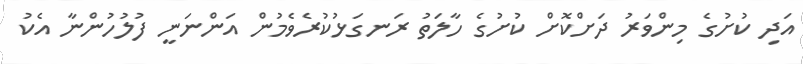
އަދި ކުށުގެ މިންވަރު ދަށްކޮށް ކުށުގެ ހާލަތު ރަނގަޅުކުރެވެމުން އަންނަނީ ފުލުހުންނާ އެކު